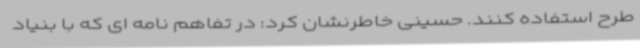
طرح استفاده کنند. حسینی خاطرنشان کرد: در تفاهم نامه ای که با بنیاد